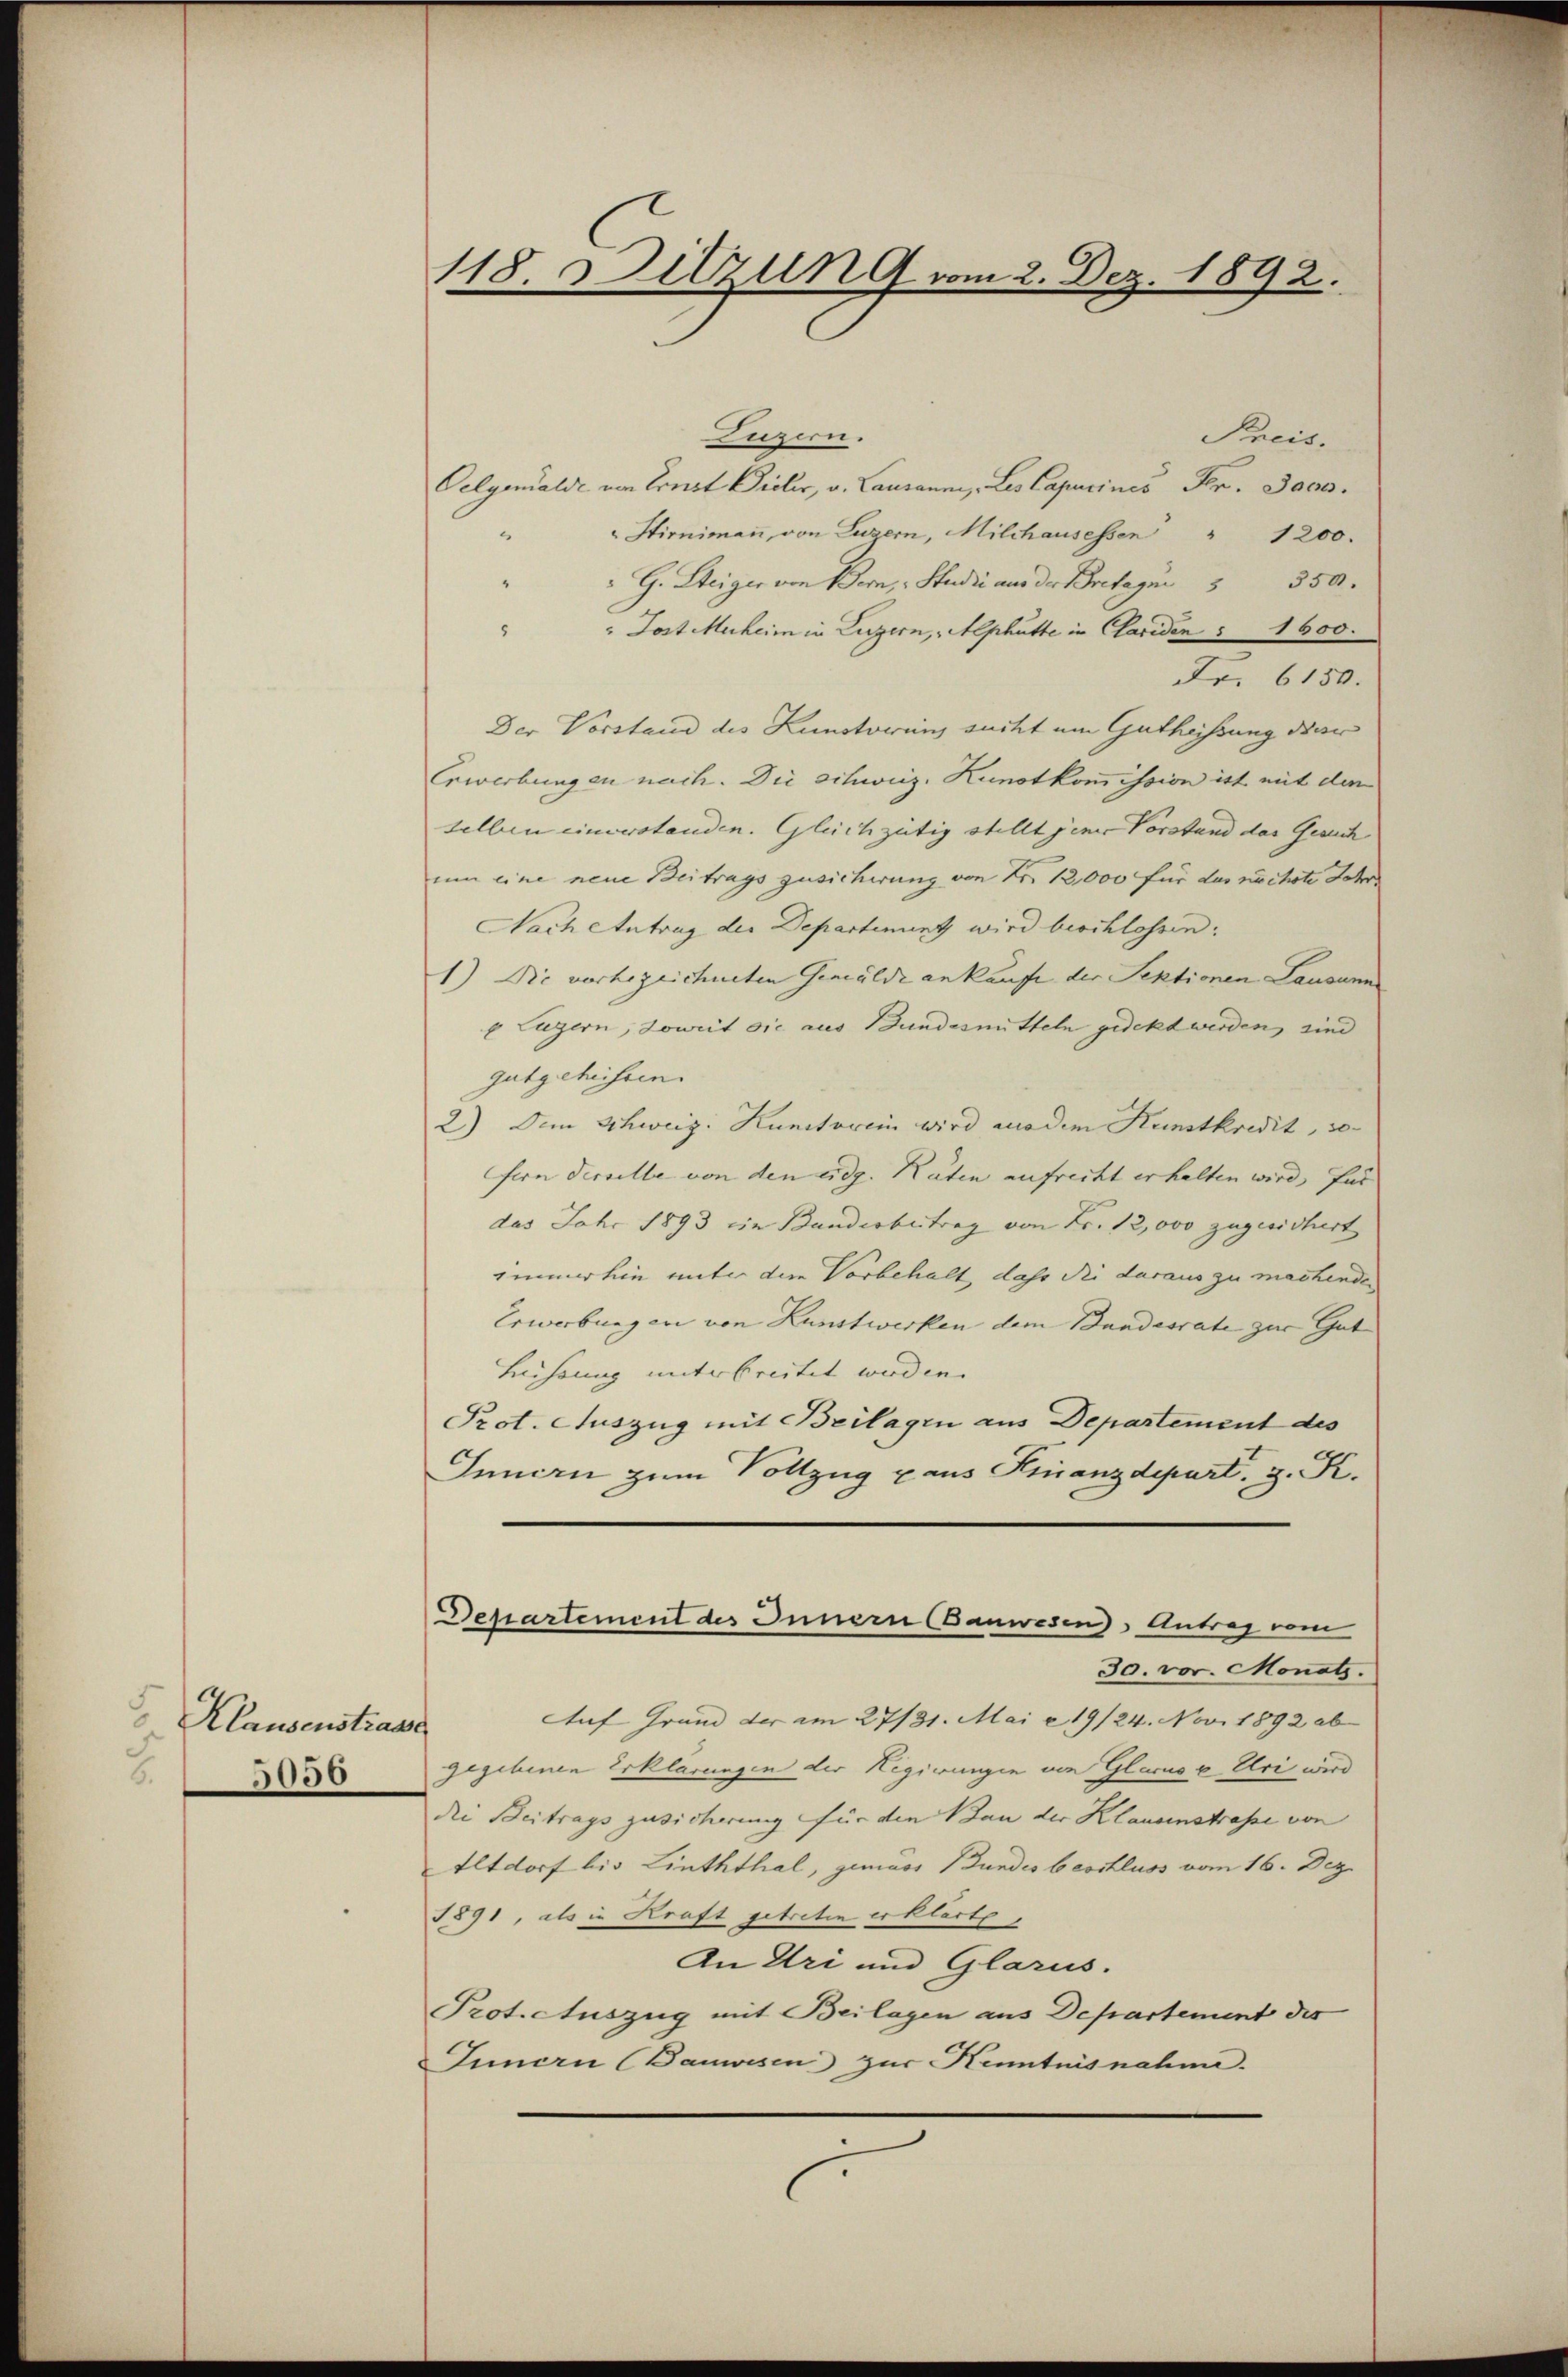
Klausenstrass
8
5056

118. Sitzung vom 2. Dez. 1892.

Luzern.
Preis.
Oelgewalde von Ernst Vieler, v. Lausanne, Les Capucines Fr. Jaco
Stirnimann, von Luzern, Milchausessen " 1200.
" G. Steiger von Bern, Studii und der Bresa                        5
" Jost Muheim in Luzern, Alphütte in Claviden § 1600.
Fr. 6150.
Der Vorstand des Kunstorins sucht um Gutheissung der
Erwerbungen nach. Die schweiz. Kunstkommission ist mit dem
selben einverstanden. Gleichgütig stellt jener Vorstand das Gesuch
um eine neue Beitrags zusicherung von Nr. 12,000 für das nächste Jahr
Nach Antrag der Departenuntz wird beschlossen:
1) Die vorbezeichneten Gemälde ankaufe der Sektionen Lausann
o Luzern, soweit die aus Bundesmitteln gedeckt werden, sind
gutgeheissen.
2) Dem Schweiz. Kunstorein wird modem Kunstkredit, sofern derselbe von den eidg. Räten aufrecht erhalten wird, für
das Jahr 1893 ein Banderbeitrag von Fr. 12,000 zugesichert
immerhin unter die Vorbehalt, daß die daraus zu machenden
Erwerbungen von Kunstwerken dem Bandesrate zur Gut
Lührung unterbreitet werden.
Prot. Auszug mit Beilagen aus Departement des
Innern zum Vollzug aus Finanzdepart. 3. K.
Desartement des Innern (Banwesen) Antrag vom
30. vor. Monats.
Auf Grund der am 27/31. Mai 19/24. Nov. 1892 ab
¬
gegebenen Erklärungen der Hegirungen von Glarus v. Uri wird
die Beitrags zusicherung für die Bau der Klausinstraße von
Altdorf bis Linththal, gemass Bundes beschluss vom 16. Dez.
1891, als in Kraft getreten erklärt,
An Uri und Glarus.
Protectuszug mit Beilagen aus Departement des
Innern (Bauwesen zur Kenntnisnahme.